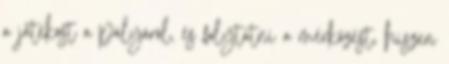
a játékost a pályáról, és folytatni a mérkőzést, hiszen